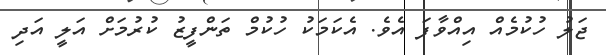
ޖަލު ހުކުމެއް އިއްވާފަ އެވެ. އެކަމަކު ހުކުމް ތަންފީޒު ކުރުމަށް އަލީ އަދި